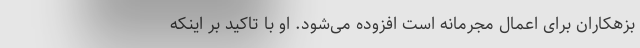
بزهکاران برای اعمال مجرمانه است افزوده می‌شود. او با تاکید بر اینکه